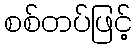
စစ်တပ်ဖြင့်